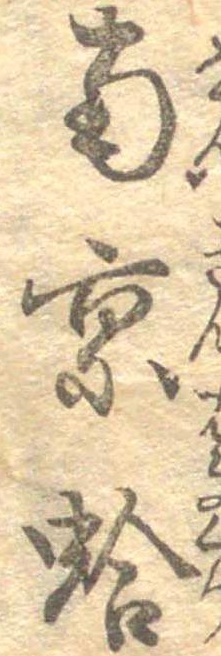
南京蛤